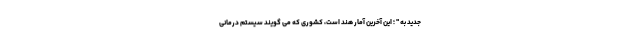
جدید به " ؛ این آخرین آمار هند است، کشوری که می گویند سیستم درمانی